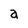
Character: a